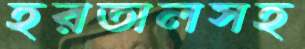
হরতালসহ